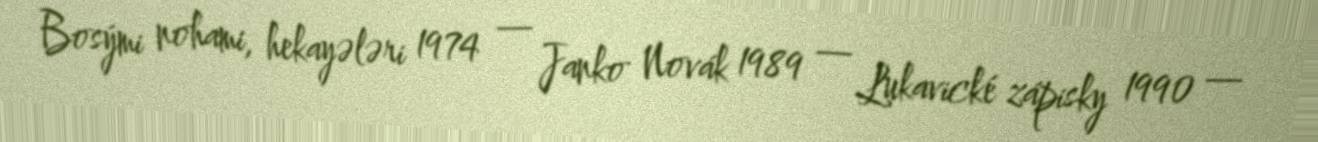
Bosými nohami, hekayələri 1974 — Janko Novák 1989 — Lukavické zápisky 1990 —